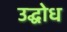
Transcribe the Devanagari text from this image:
उद्घोध